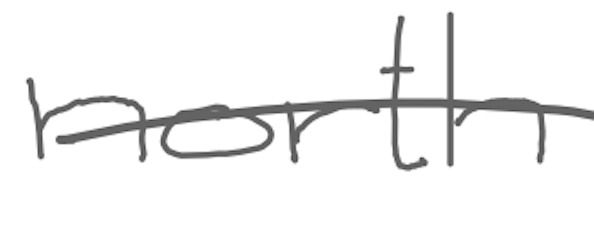
Text: north
Cross-out: single-line
Writing tool: digital_gray